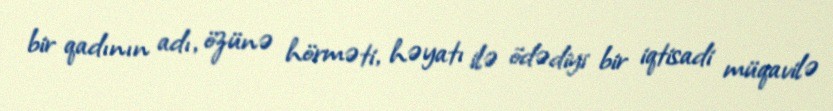
bir qadının adı, özünə hörməti, həyatı ilə ödədiyi bir iqtisadi müqavilə